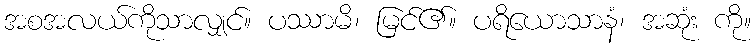
အစအလယ်ကိုသာလျှင်။ ပဿာမိ၊ မြင်၏။ ပရိယောသာနံ၊ အဆုံး ကို။